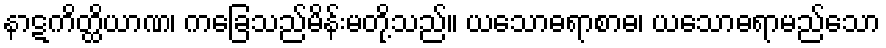
နာဋကိတ္ထိယာဏ၊ ကခြေသည်မိန်းမတို့သည်။ ယသောဓရာစာဓ၊ ယသောဓရာမည်သော